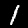
Label: 1